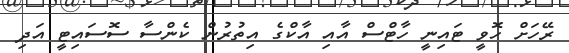
ރޭހަށް ހޮވީ ޓައިނީ ހާޓްސް އާއި އާކްގެ އިތުރުން ކެންސާ ސޮސައިޓީ އަދި